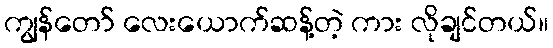
ကျွန်တော် လေးယောက်ဆန့်တဲ့ ကား လိုချင်တယ်။